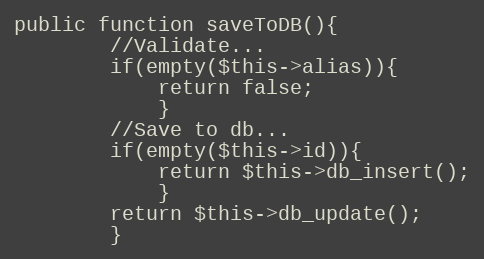
Language: PHP
public function saveToDB(){
		//Validate...
		if(empty($this->alias)){
			return false;
			}
		//Save to db...
		if(empty($this->id)){
			return $this->db_insert();
			}
		return $this->db_update();
		}